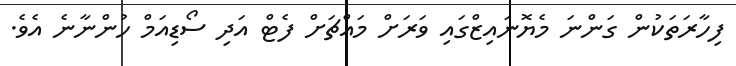
ފިހާރަތަކުން ގަންނަ މެޔޮނައިޒްގައި ވަރަށް މައްޗަށް ފެޓް އަދި ސޯޑިއަމް ހުންނާނެ އެވެ.